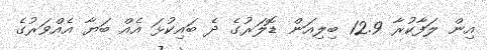
އިން ލަފާކުރާ 12.9 ބިލިއަން ޑޮލަރުގެ ދެ ބައިކުޅަ އެއް ބަޔާ އެއްވަރުގެ